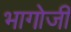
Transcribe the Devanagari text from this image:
भागोजी